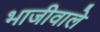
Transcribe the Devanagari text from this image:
भाजीवाले